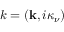
k = ( \mathbf { k } , i \kappa _ { \nu } )